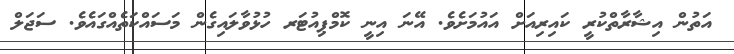
އަތުން އިޝާރާތްކުރީ ކައިރިއަށް އައުމަށެވެ. އޭނަ އިނީ ކޮމްޕިއުޓަރ ހުޅުވާލައިގެން މަސައްކަތެއްގައެވެ. ސަޖަލް